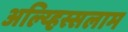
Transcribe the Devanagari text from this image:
अल्य्हिस्सलाम